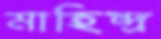
মাহিন্দ্র